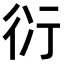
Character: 𧗠